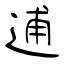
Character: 逋